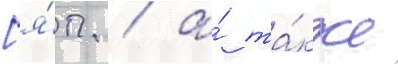
[я́п. / а́ та́кже